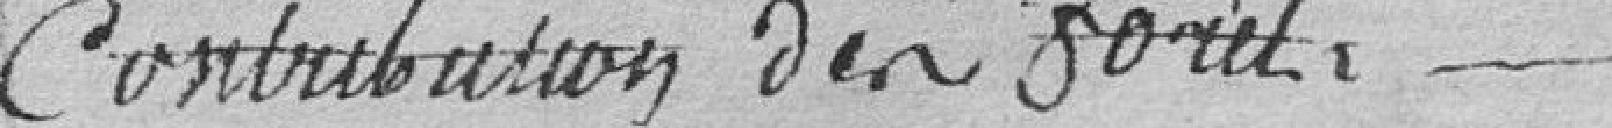
contribution des forêts